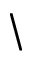
\backslash